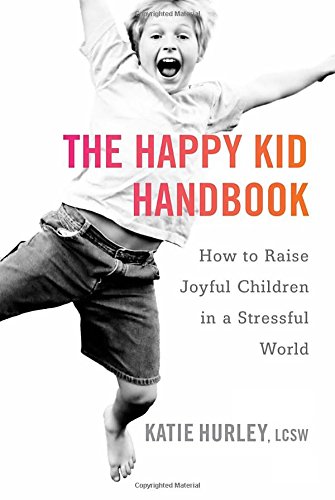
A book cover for The Happy Kid Handbook: How to Raise Joyful Children in a Stressful World; Katie Hurley; Parenting & Relationships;